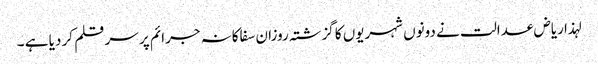
لہذا ریاض عدالت نے دونوں شہریوں کا گزشتہ روزان سفاکانہ جرائم پر سر قلم کر دیا ہے ۔